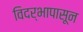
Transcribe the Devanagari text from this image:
विदर्भापासून